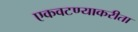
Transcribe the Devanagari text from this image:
एकवटण्याकरीता